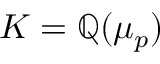
K = \mathbb { Q } ( \mu _ { p } )